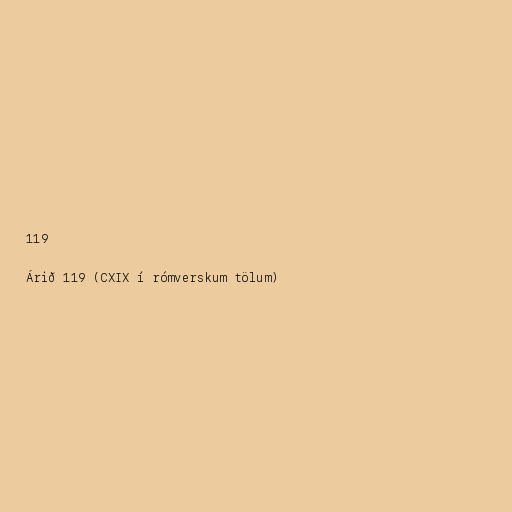
119

Árið 119 (CXIX í rómverskum tölum)